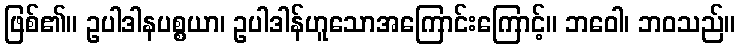
ဖြစ်၏။ ဥပါဒါနပစ္စယာ၊ ဥပါဒါန်ဟူသောအကြောင်းကြောင့်။ ဘဝေါ၊ ဘဝသည်။